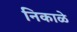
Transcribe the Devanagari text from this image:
निकाळे